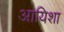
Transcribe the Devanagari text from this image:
आयिशा